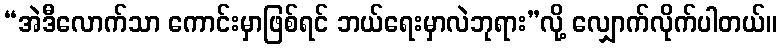
“အဲဒီလောက်သာ ကောင်းမှာဖြစ်ရင် ဘယ်ရေးမှာလဲဘုရား”လို့ လျှောက်လိုက်ပါတယ်။